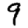
Digit: 9